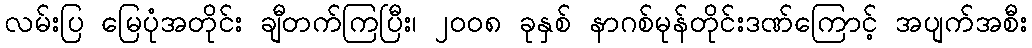
လမ်းပြ မြေပုံအတိုင်း ချီတက်ကြပြီး၊ ၂ဝဝ၈ ခုနှစ် နာဂစ်မုန်တိုင်းဒဏ်ကြောင့် အပျက်အစီး